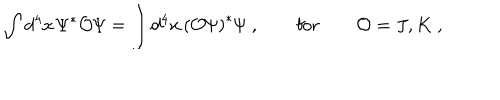
\int d ^ { 4 } x \, { \mit \Psi } ^ { \ast } { \cal O } { \mit \Psi } = \int d ^ { 4 } x \, \left( { \cal O } { \mit \Psi } \right) ^ { \ast } { \mit \Psi } \ , \qquad \mathrm { f o r } \qquad { \cal O } = J , K \ ,